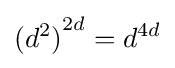
{(d^{2})}^{2d}=d^{4d}